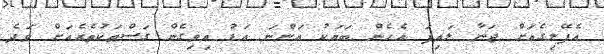
އެފޭލިގެއަށް ޖަނާ ލައިފަ އެހެން ބަޔަކު އަންނަ އަޑު އިވިގެން ގަސްތަކުތެރެއަށް ވަދެ